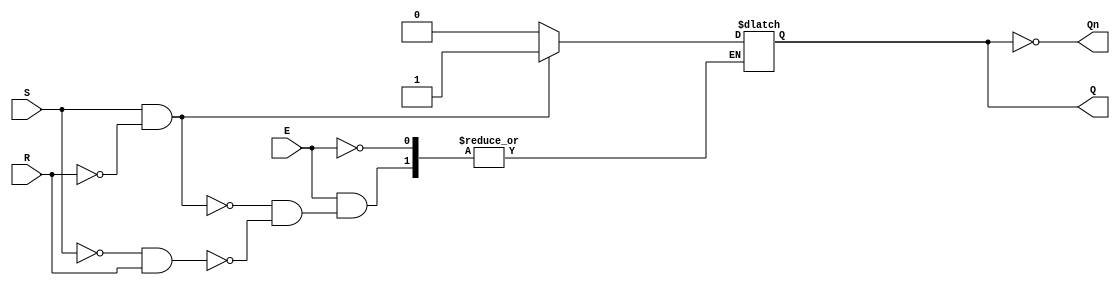
module gated_sr_latch (
    input wire S,       // Set input
    input wire R,       // Reset input
    input wire E,       // Enable input
    output reg Q,       // Output Q
    output wire Qn      // Complementary output Q'
);

// Complementary output
assign Qn = ~Q;

// Always block to implement the gated SR latch functionality
always @(E or S or R) begin
    if (E) begin
        if (S && !R) begin
            Q <= 1'b1;  // Set Q to 1
        end else if (!S && R) begin
            Q <= 1'b0;  // Reset Q to 0
        end
        // If S and R are both high, maintain the previous state
        // This can be handled as per design requirements.
    end
    // If E is low, maintain the current state of Q
end

endmodule